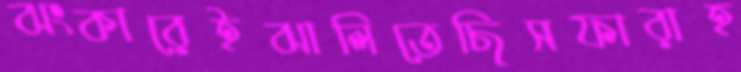
ঝংকারেইঝালিতেছিসফারাহ